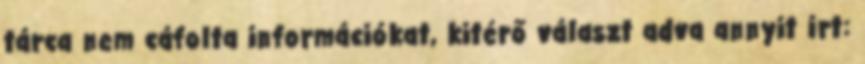
tárca nem cáfolta információkat, kitérő választ adva annyit írt: